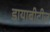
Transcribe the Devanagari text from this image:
डायाबीटीज़